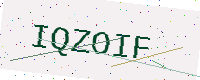
Text: IQZOIF